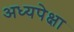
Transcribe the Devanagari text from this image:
अध्यपेक्षा